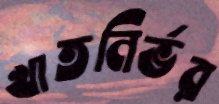
খাতনির্ভর